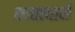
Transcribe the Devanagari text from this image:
सातत्‍याने